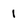
Character: 1